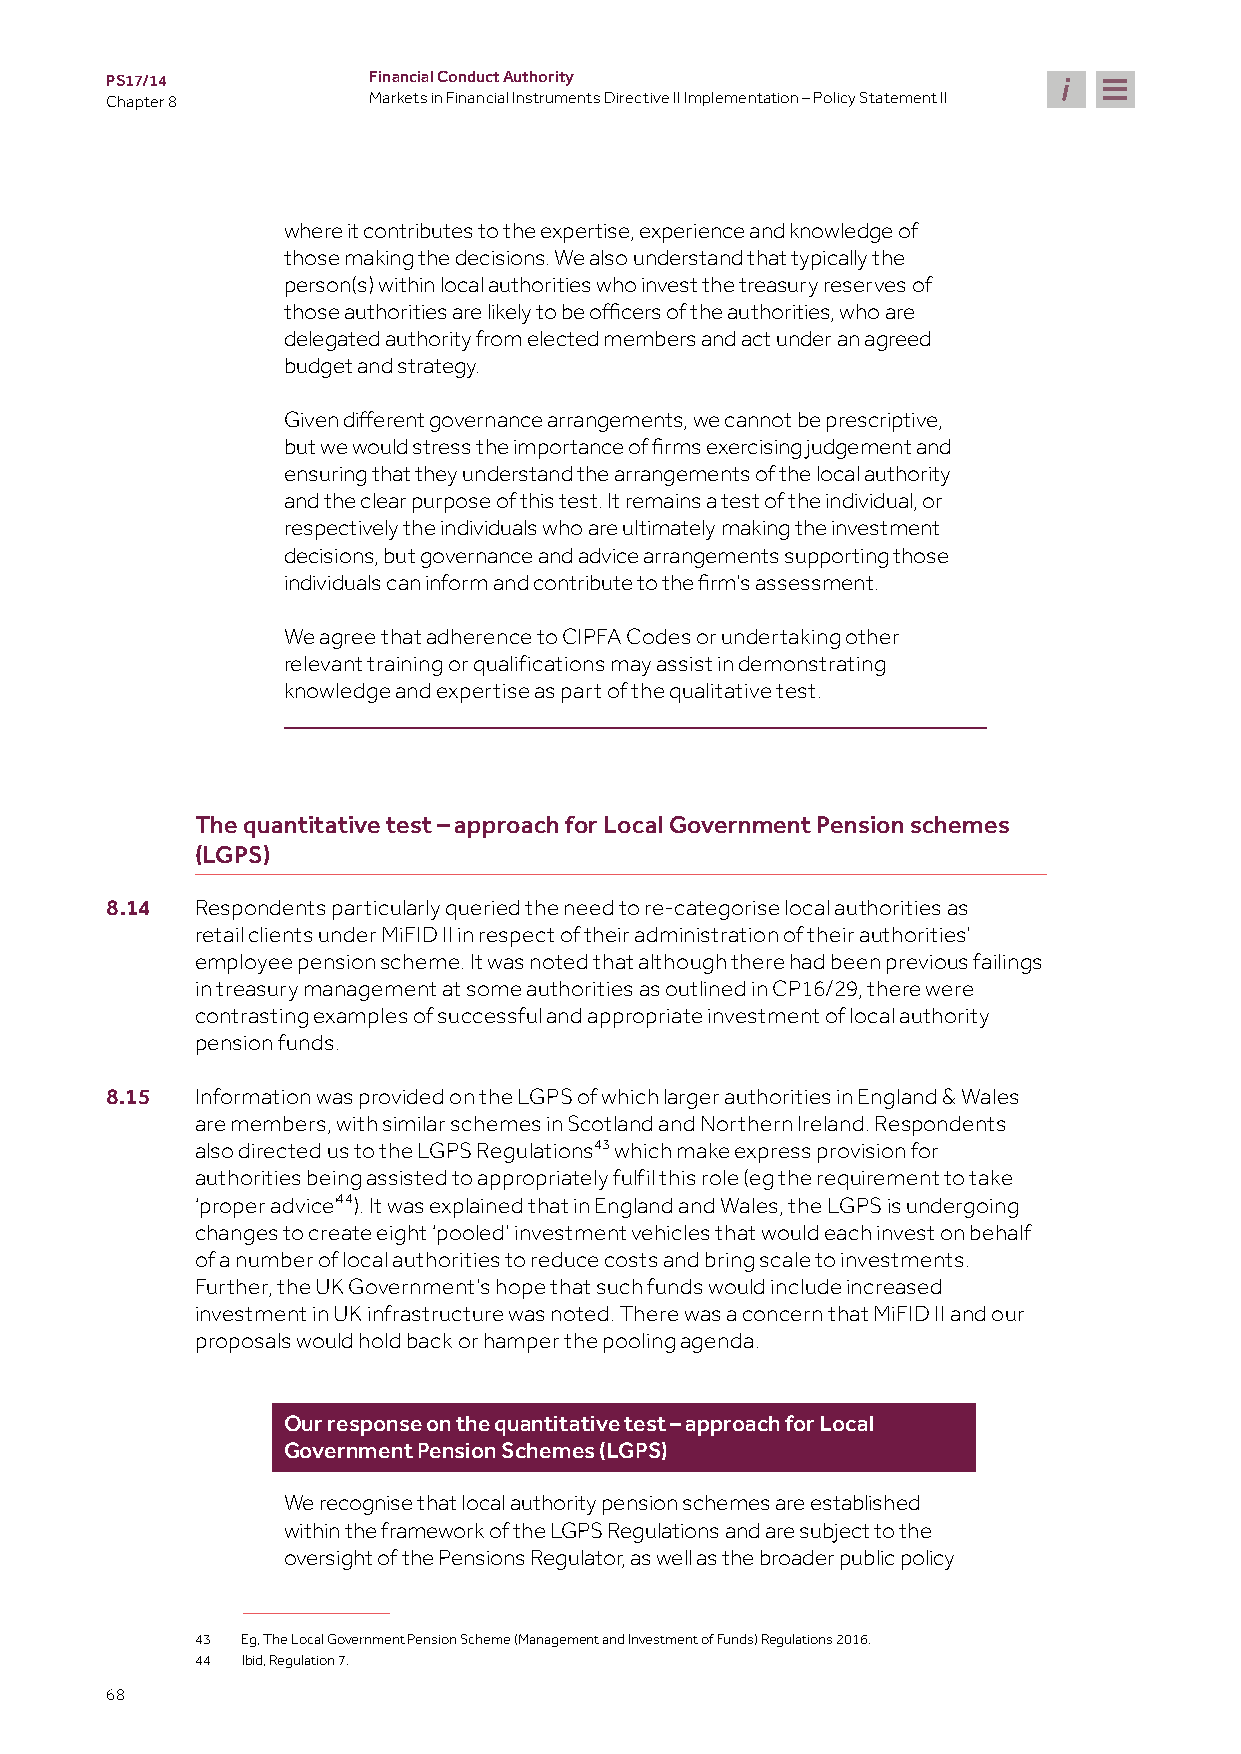
PS17/14          Financial Conduct Authority
 Chapter 8        Markets in Financial Instruments Directive II Implementation – Policy Statement II
 where it contributes to the expertise, experience and knowledge of
 those making the decisions. We also understand that typically the
 person(s) within local authorities who invest the treasury reserves of
 those authorities are likely to be officers of the authorities, who are
 delegated authority from elected members and act under an agreed
 budget and strategy.
 Given different governance arrangements, we cannot be prescriptive,
 but we would stress the importance of firms exercising judgement and
 ensuring that they understand the arrangements of the local authority
 and the clear purpose of this test. It remains a test of the individual, or
 respectively the individuals who are ultimately making the investment
 decisions, but governance and advice arrangements supporting those
 individuals can inform and contribute to the firm’s assessment.
 We agree that adherence to CIPFA Codes or undertaking other
 relevant training or qualifications may assist in demonstrating
 knowledge and expertise as part of the qualitative test.
 The quantitative test – approach for Local Government Pension schemes
 (LGPS)
 8.14  Respondents particularly queried the need to re-categorise local authorities as
 retail clients under MiFID II in respect of their administration of their authorities’
 employee pension scheme. It was noted that although there had been previous failings
 in treasury management at some authorities as outlined in CP16/29, there were
 contrasting examples of successful and appropriate investment of local authority
 pension funds.
 8.15  Information was provided on the LGPS of which larger authorities in England & Wales
 are members, with similar schemes in Scotland and Northern Ireland. Respondents
 also directed us to the LGPS Regulations43 which make express provision for
 authorities being assisted to appropriately fulfil this role (eg the requirement to take
 ‘proper advice’44). It was explained that in England and Wales, the LGPS is undergoing
 changes to create eight ‘pooled’ investment vehicles that would each invest on behalf
 of a number of local authorities to reduce costs and bring scale to investments.
 Further, the UK Government’s hope that such funds would include increased
 investment in UK infrastructure was noted. There was a concern that MiFID II and our
 proposals would hold back or hamper the pooling agenda.
 Our response on the quantitative test – approach for Local
 Government Pension Schemes (LGPS)
 We recognise that local authority pension schemes are established
 within the framework of the LGPS Regulations and are subject to the
 oversight of the Pensions Regulator, as well as the broader public policy
 43 Eg, The Local Government Pension Scheme (Management and Investment of Funds) Regulations 2016.
 44 Ibid, Regulation 7.
 68